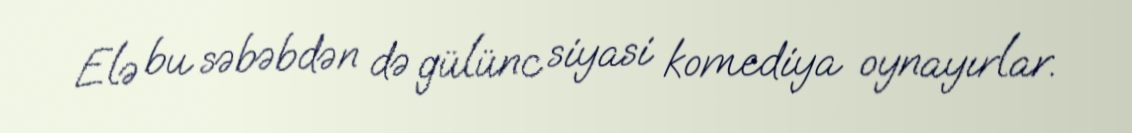
Elə bu səbəbdən də gülünc siyasi komediya oynayırlar.